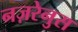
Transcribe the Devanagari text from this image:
नज़रेनुस